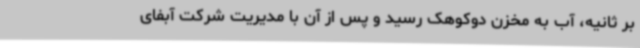
بر ثانیه، آب به مخزن دوکوهک رسید و پس از آن با مدیریت شرکت آبفای